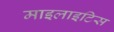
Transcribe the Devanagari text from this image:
माइलाइटिस